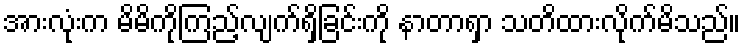
အားလုံးက မိမိကိုကြည့်လျက်ရှိခြင်းကို နာတာရှာ သတိထားလိုက်မိသည်။